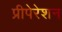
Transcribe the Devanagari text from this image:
प्रीपेरेशन